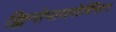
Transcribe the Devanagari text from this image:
क्लिनोपायरोक्सिन